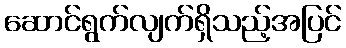
ဆောင်ရွက်လျက်ရှိသည့်အပြင်